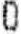
0